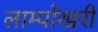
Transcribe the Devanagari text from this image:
लाम्पोखरी